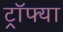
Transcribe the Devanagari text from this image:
ट्रॉफ्या